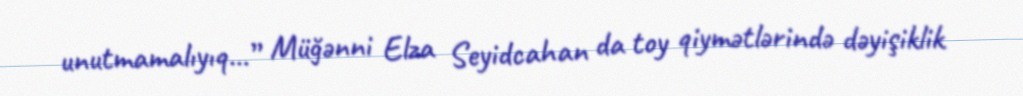
unutmamalıyıq...” Müğənni Elza Seyidcahan da toy qiymətlərində dəyişiklik